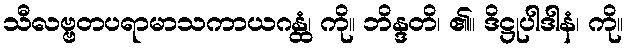
သီလဗ္ဗတပရာမာသကာယဂန္ထံ၊ ကို။ ဘိန္ဒတိ၊ ၏။ ဒိဋ္ဌုပါဒါနံ၊ ကို။